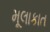
મૂલાકાત